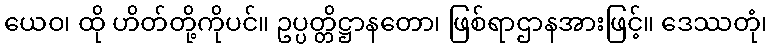
ယေဝ၊ ထို ဟိတ်တို့ကိုပင်။ ဥပ္ပတ္တိဋ္ဌာနတော၊ ဖြစ်ရာဌာနအားဖြင့်။ ဒေဿတုံ၊